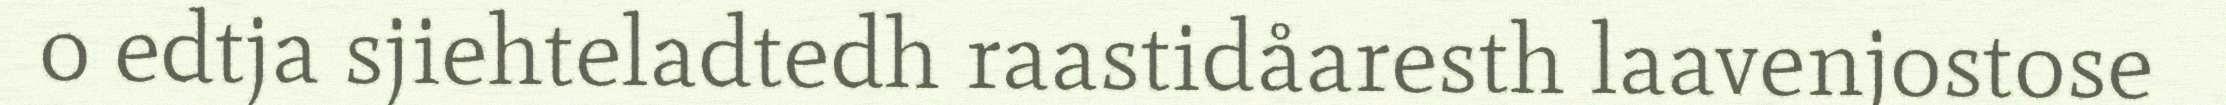
o edtja sjiehteladtedh raastidåaresth laavenjostose